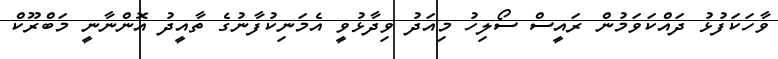
ވާހަކަފުޅު ދައްކަވަމުން ރައީސް ސޯލިހު މިއަދު ވިދާޅުވީ އެމަނިކުފާނުގެ ތާއީދު އޮންނާނީ މަބްރޫކް